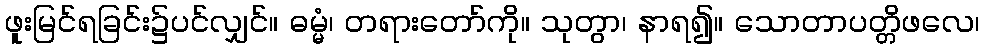
ဖူးမြင်ရခြင်း၌ပင်လျှင်။ ဓမ္မံ၊ တရားတော်ကို။ သုတွာ၊ နာရ၍။ သောတာပတ္တိဖလေ၊